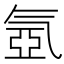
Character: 氬